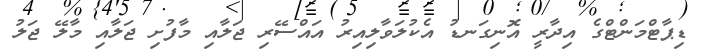
ޑިޕާޓްމަންޓްގެ އިދާރީ އޮނިގަނޑު އެކުލަވާލިއިރު އައްސޭރި ޖަލާއި މާފުށި ޖަލާއި މާލޭ ޖަލު